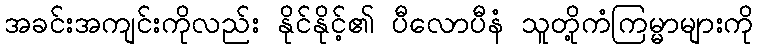
အခင်းအကျင်းကိုလည်း နိုင်နိုင့်၏ ပီလောပီနံ သူတို့ကံကြမ္မာများကို